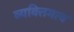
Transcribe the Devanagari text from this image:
व्यक्‍तिमत्व